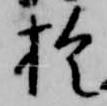
於